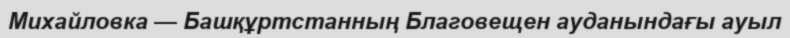
Михайловка — Башқұртстанның Благовещен ауданындағы ауыл